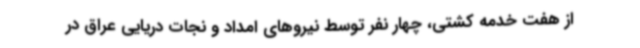
از هفت خدمه کشتی، چهار نفر توسط نیروهای امداد و نجات دریایی عراق در